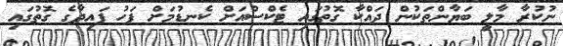
ނުކުރާ މާލީ ބަޔާންތަކުން ދައްކާ ގޮތުގައި ޓެކްސްއަށް ކެނޑުމަށް ފަހު ފައިދާގެ ގޮތުގައި